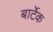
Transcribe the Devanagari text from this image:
बार्टेक